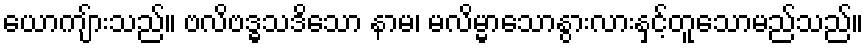
ယောကျ်ားသည်။ ဗလိဗဒ္ဓသဒိသော နာမ၊ မလိမ္မာသောနွားလားနှင့်တူသောမည်သည်။